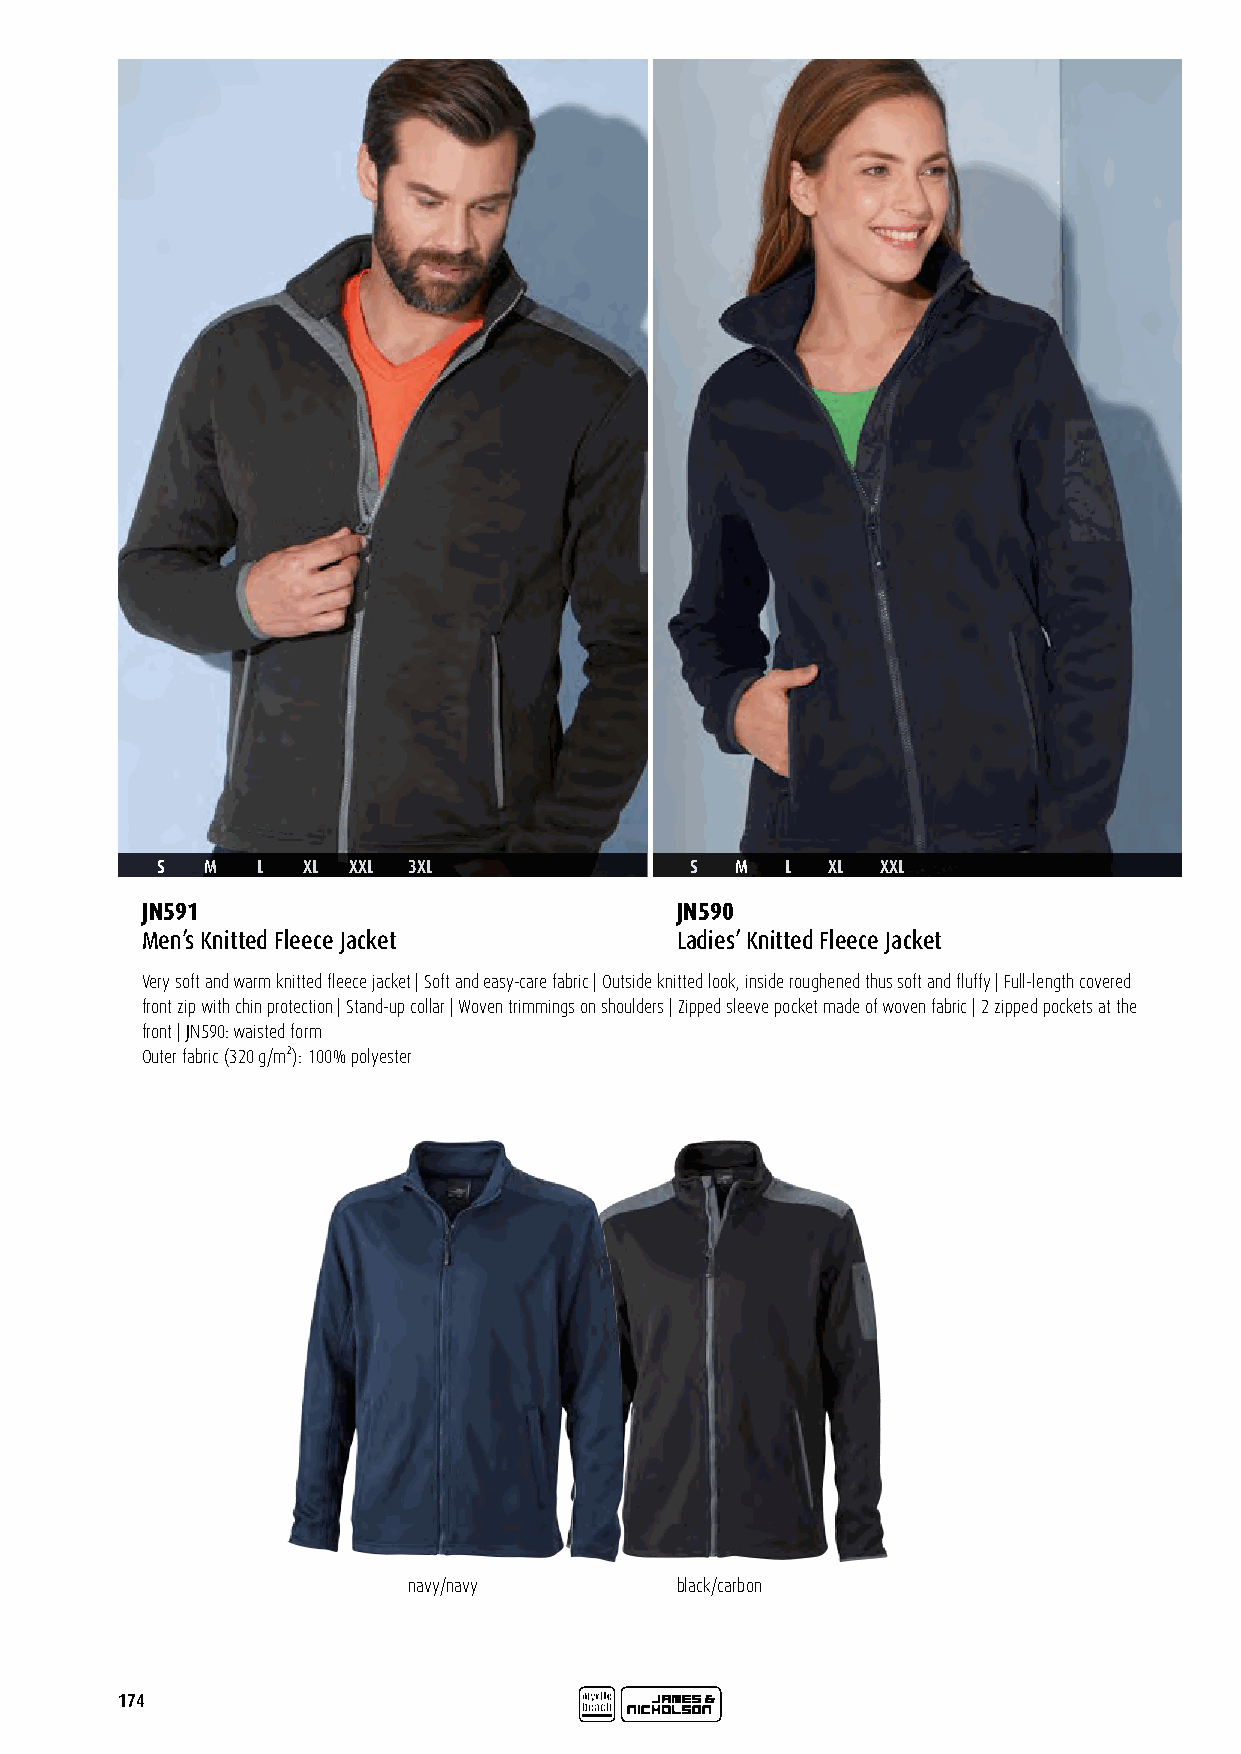
S   M  L  XL XXL 3XL                S  M  L  XL XXL
 JN591                               JN590
 Men’s Knitted Fleece Jacket         Ladies’ Knitted Fleece Jacket
 Very soft and warm knitted fleece jacket | Soft and easy-care fabric | Outside knitted look, inside roughened thus soft and fluffy | Full-length covered
 front zip with chin protection | Stand-up collar | Woven trimmings on shoulders | Zipped sleeve pocket made of woven fabric | 2 zipped pockets at the
 front | JN590: waisted form
 Outer fabric (320 g/m²): 100% polyester
 navy/navy         black/carbon
 174